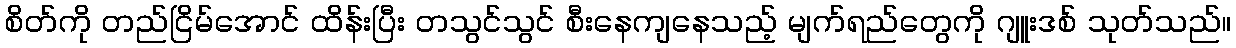
စိတ်ကို တည်ငြိမ်အောင် ထိန်းပြီး တသွင်သွင် စီးနေကျနေသည့် မျက်ရည်တွေကို ဂျူးဒစ် သုတ်သည်။